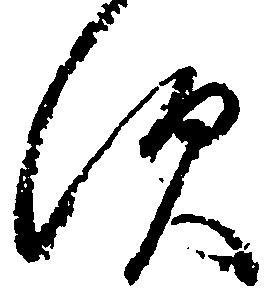
す